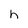
Character: h